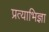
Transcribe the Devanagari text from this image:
प्रत्याभिज्ञा